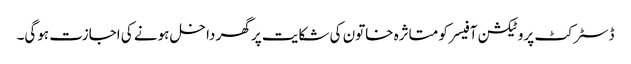
ڈسٹرکٹ پروٹیکشن آفیسر کو متاثرہ خاتون کی شکایت پر گھر داخل ہونے کی اجازت ہوگی۔